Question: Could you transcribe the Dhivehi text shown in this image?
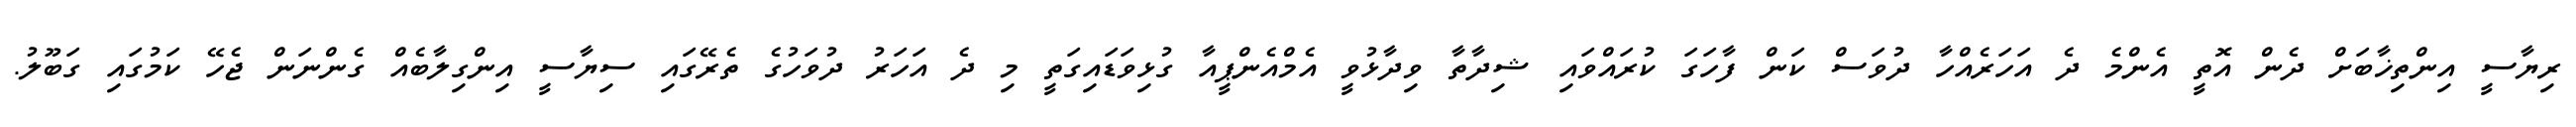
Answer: ރިޔާސީ އިންތިޚާބަށް ދެން އޮތީ އެންމެ ދެ އަހަރެއްހާ ދުވަސް ކަން ފާހަގަ ކުރައްވައި ޝިދާތާ ވިދާޅުވީ އެމްއެންޕީއާ ގުޅިވަޑައިގަތީ މި ދެ އަހަރު ދުވަހުގެ ތެރޭގައި ސިޔާސީ އިންގިލާބެއް ގެންނަން ޖެހޭ ކަމުގައި ގަބޫލު.